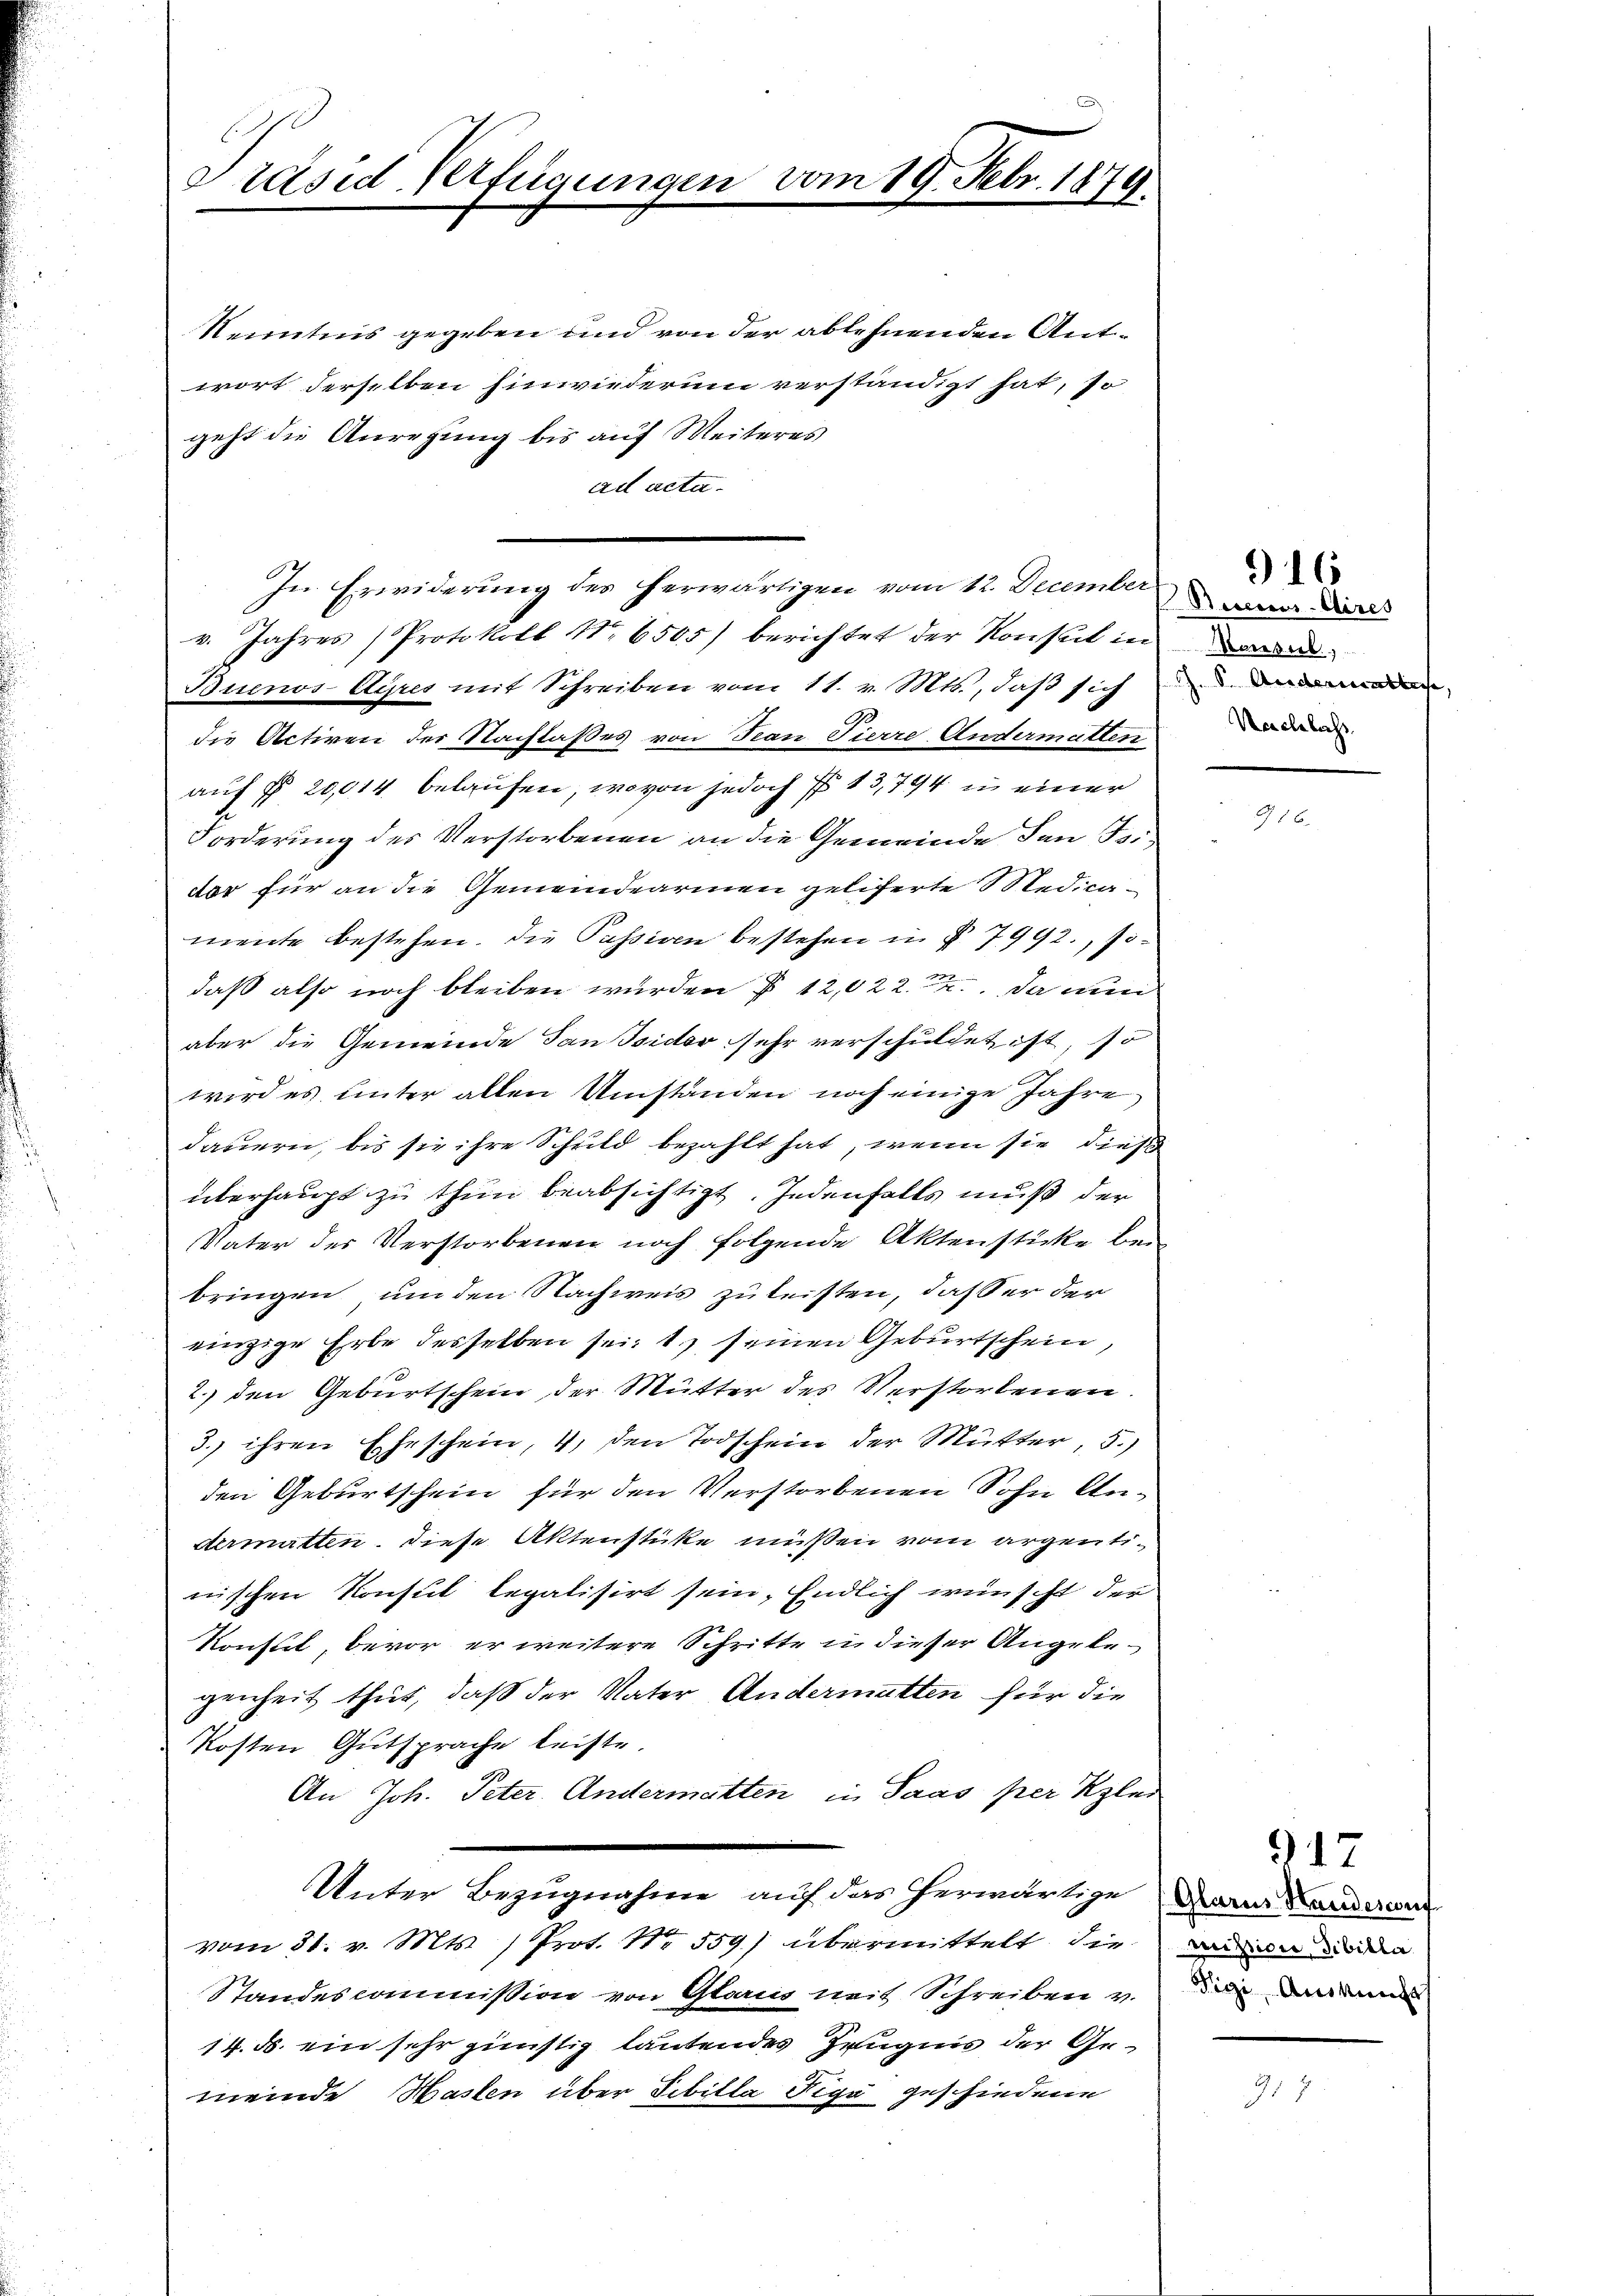
Präsid. Verfügungen

vom 19. Febr. 1879.

Kenntnis gegeben und von der ablehnenden Antwort derselben Einwiederum verständigt hat, so
geht die Anregung bis auf Weiteres
ad acta.
v. Jahres Protokoll No 6505) berichtet der Konsul in
Buenos-Ayres mit Schreiben vom 11. v. Mts., daß sich und anden
die Activen der Nachlaßes von Tean Fierre Andermatten
auf § 20,014 belaufen, wovon jedoch § 13,794 in einer
Forderung des Verstorbenen an die Gemeinde den Tei-
dor für an die Gemeindearmen geliferte Medicamente bestehen. Die Passiven bestehen in § 7992., sodaß also noch bleiben wurden § 12,022. Da nun
aber die Gemeinde Saussider sehr verschuldet ist, so
wird es unter allen Umständen noch einige Jahre
dauern, bis sie ihre Schuld bezahlt hat, wenn sie dies
überhaupt zu thun beabsichtigt. Jedenfalls muß der
Vater der Verstorbenen noch folgende Aktenstücke bei
bringen, um den Nachweis zuleisten, daß er der
einzige Erbe desselben sei, 1, seinen Geburtschein,
2. den Geburtschein, der Mutter des Verstorbenen.
3. ihren Eheschein, 4, den Todschein der Mutter, 5.)
den Geburtschein für den Verstorbenen Sohn Andermatten. Diese Aktenstücke müssen vom argentinischen Konsul legalisirt sein, Endlich wünscht der
Konsul, bevor er weitere Schritte in dieser Angelegenheit thut, daß der Vater Andermatten für die
kosten Gutsprache leiste.
An Joh. Peter. Andermatten in Saas per Klar
Unter Bezugnahme auf das herwärtige Dann Landeren
vom 31. v. Mts. ) Prot. Nr. 559) übermittelt, die
Standescommission von Glarus weit Schreiben v. die and
14. d. ein sehr günstig lautendes Zeugnis der Gemeinde Haslen über Sibilla Tige geschiedene

In Erwiderung des herwärtigen vom 12. December

Becens-Cires
esub.
Nachlass

) 16

mission, Sibilla

917